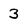
Character: 3